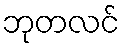
ဘုတလင်